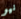
نيو